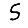
Digit: 5